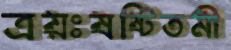
ত্রয়ঃষষ্টিতমী